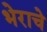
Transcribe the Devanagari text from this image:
भेराचे